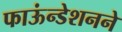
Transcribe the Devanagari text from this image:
फाऊंन्‍डेशनने